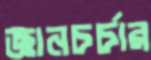
জ্ঞানচর্চার